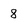
Character: 8